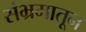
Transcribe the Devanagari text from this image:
संभ्रमातून